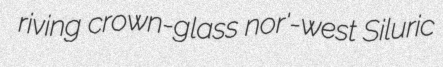
riving crown-glass nor'-west Siluric